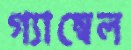
গ্যাম্বেল